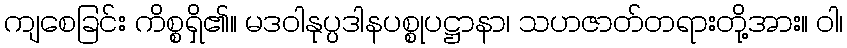
ကျစေခြင်း ကိစ္စရှိ၏။ မဒဝါနုပ္ပဒါနပစ္စုပဋ္ဌာနာ၊ သဟဇာတ်တရားတို့အား။ ဝါ၊